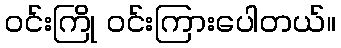
ဝင်းကြို ဝင်းကြားပေါတယ်။